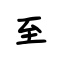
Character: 至